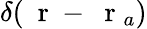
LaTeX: \delta(\mathrm{~\mathbf~r~}-\mathrm{~\mathbf~r~}_{a})